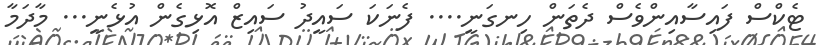
ޓެކްސް ފައިސާއިންވެސް ދެތަން ހިނގަނީ.... ފެނަކަ ސައީދު ސައިޒް އޮޅިގެން އުޅެނީ... މާދަމާ